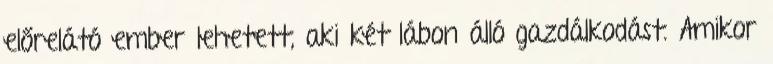
előrelátó ember lehetett, aki két lábon álló gazdálkodást. Amikor